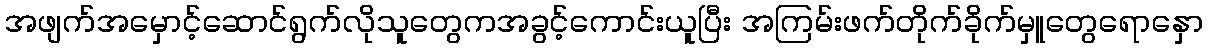
အဖျက်အမှောင့်ဆောင်ရွက်လိုသူတွေကအခွင့်ကောင်းယူပြီး အကြမ်းဖက်တိုက်ခိုက်မှူတွေရောနှော